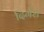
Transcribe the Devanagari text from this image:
दिर्गश